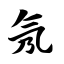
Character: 氖